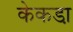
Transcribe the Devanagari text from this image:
केकडा़